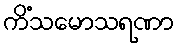
ကိံသမောသရဏာ